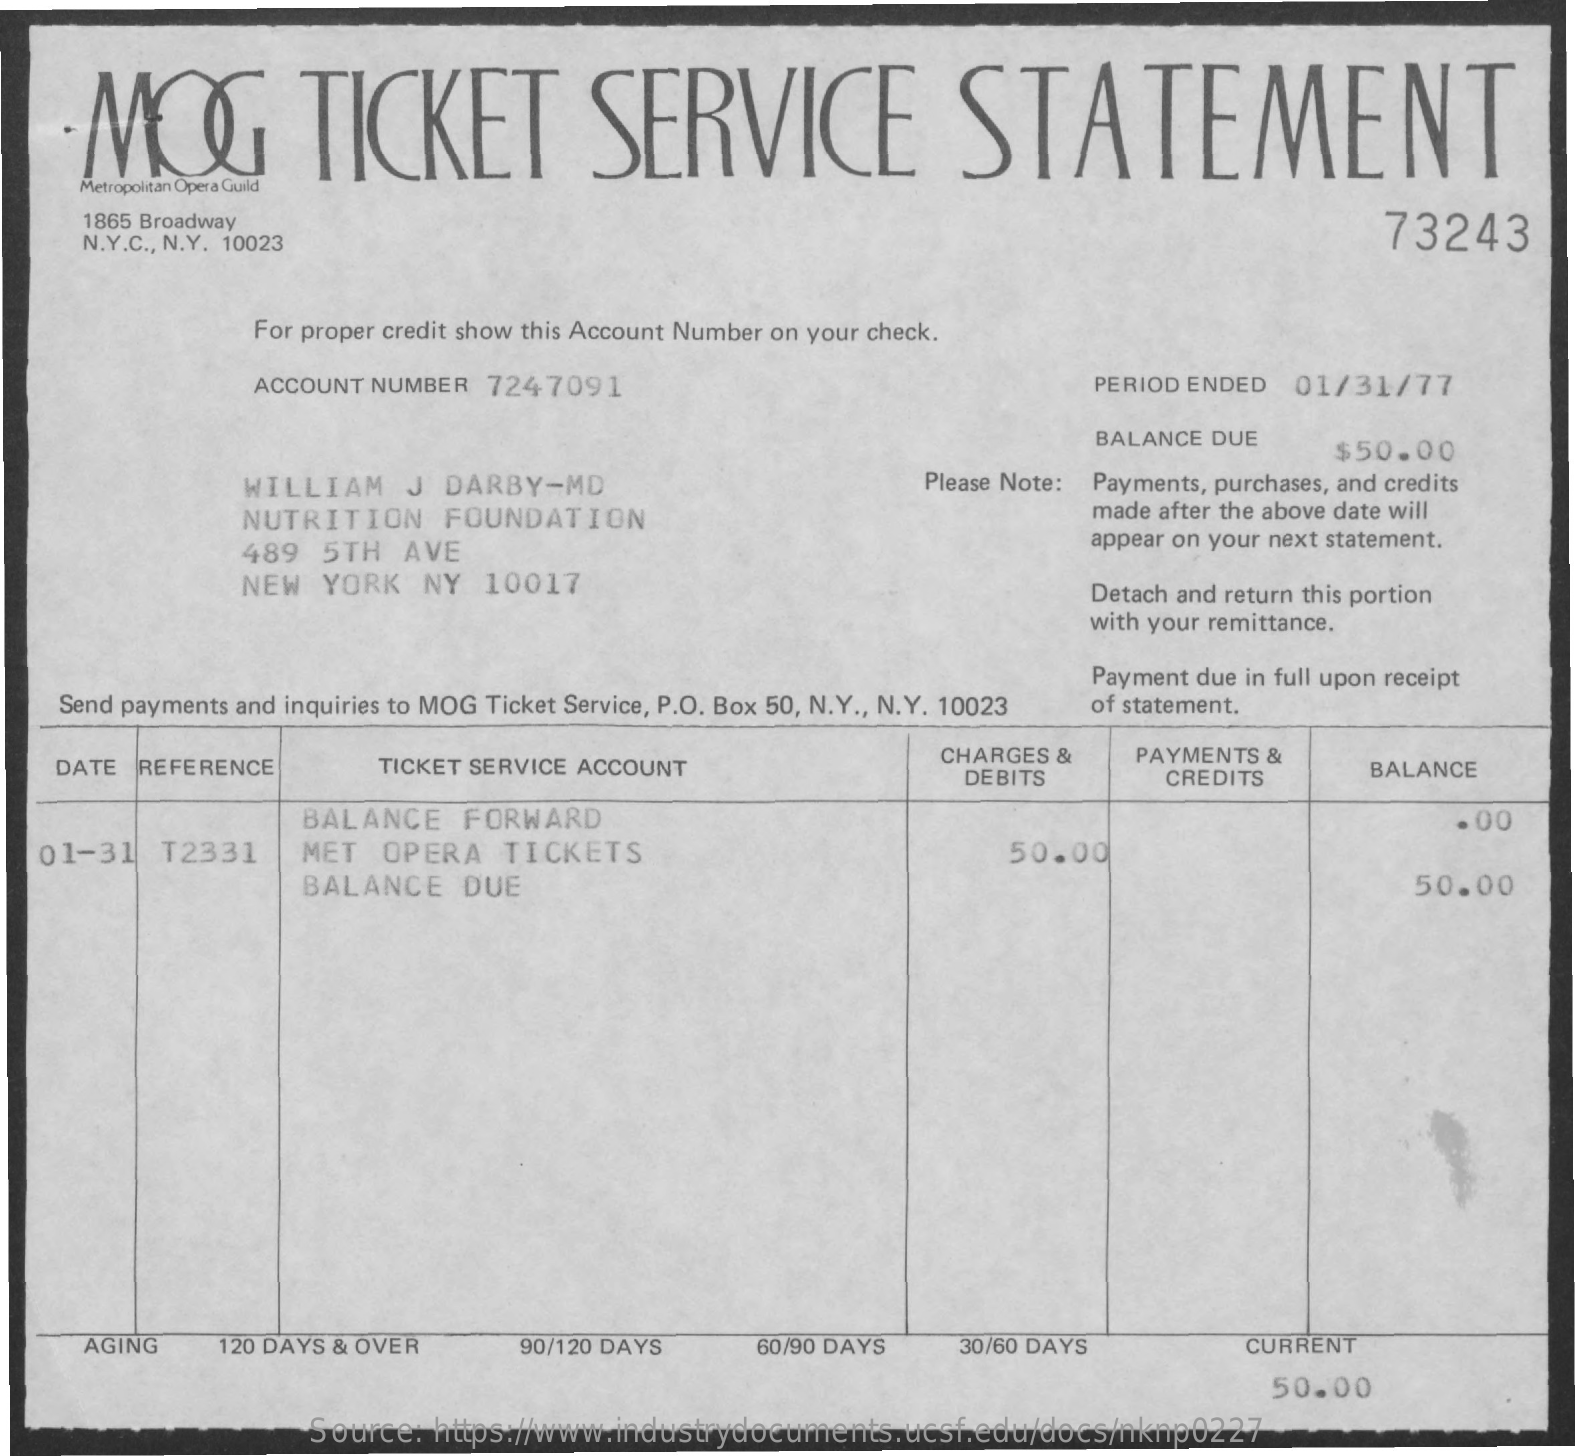
·MQ    TICKET    SERVICE    STATEMENT
     Metropolitan Opera Guild
     1865 Broadway
     N.Y.C ., N.Y. 10023    73243
     For proper credit show this Account Number on your check.
     ACCOUNT NUMBER  7247091    PERIOD ENDED  01/31/77
     BALANCE DUE
     $50.00
     WILLIAM    J  DARBY-MD    Please Note: Payments, purchases, and credits
     NUTRITION    FOUNDATION    made after the above date will
     489   5TH  AVE    appear on your next statement.
     NEW   YORK  NY  10017    Detach and return this portion
     with your remittance.
     Payment due in full upon receipt
    Send payments and inquiries to MOG Ticket Service, P.O. Box 50, N.Y ., N.Y. 10023 of statement.
    DATE  REFERENCE    TICKET SERVICE ACCOUNT
     CHARGES &    PAYMENTS &
     DEBITS    CREDITS    BALANCE
     BALANCE   FORWARD    . 00
   01-31   T2331    MET   OPERA   TICKETS    50.00
     BALANCE    DUE    50.00
     AGING    120 DAYS & OVER    90/120 DAYS    60/90 DAYS    30/60 DAYS    CURRENT
     50.00
     Source:  https://www.industrydocuments.ucsf.edu/docs/nknp0227